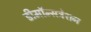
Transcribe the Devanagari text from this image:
डीमॉन्सट्रेशन